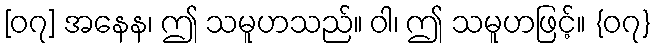
[၀၇] အနေန၊ ဤ သမူဟသည်။ ဝါ၊ ဤ သမူဟဖြင့်။ {၀၇}